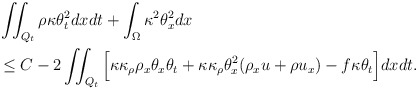
\begin{align*} &\iint_{Q_t} \rho\kappa\theta_t^2 dxdt+\int_\Omega \kappa^2\theta_x^2dx\\& \leq C-2\iint_{Q_t}\Big[\kappa\kappa_\rho\rho_x\theta_x\theta_t +\kappa\kappa_\rho\theta_x^2(\rho_xu+\rho u_x)-f\kappa\theta_t\Big]dxdt.\\\end{align*}